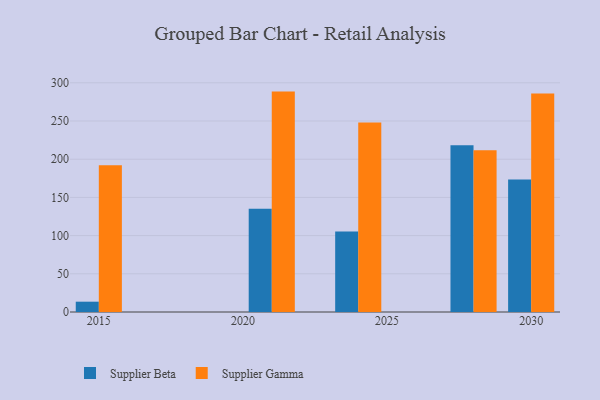
{"axis": {"x": "Year", "y": "Temperature (°C)"}, "legend": ["Supplier Beta", "Supplier Gamma"], "data": [{"x": "2021", "y": 135.1, "type": "Supplier Beta"}, {"x": "2021", "y": 288.5, "type": "Supplier Gamma"}, {"x": "2028", "y": 218.2, "type": "Supplier Beta"}, {"x": "2028", "y": 211.6, "type": "Supplier Gamma"}, {"x": "2030", "y": 173.3, "type": "Supplier Beta"}, {"x": "2030", "y": 285.9, "type": "Supplier Gamma"}, {"x": "2024", "y": 105.5, "type": "Supplier Beta"}, {"x": "2024", "y": 248.0, "type": "Supplier Gamma"}, {"x": "2015", "y": 13.5, "type": "Supplier Beta"}, {"x": "2015", "y": 192.2, "type": "Supplier Gamma"}]}